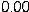
0.00